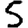
Digit: 5